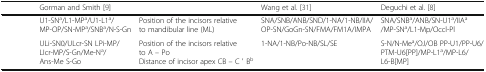
<table><thead><tr><td>[EMPTY_CELL]</td><td><b>Gorman and Smith [9]</b></td><td>[EMPTY_CELL]</td><td><b>Wang et al. [31]</b></td><td><b>Deguchi et al. [8]</b></td></tr></thead><tbody><tr><td>[EMPTY_CELL]</td><td>U1-SN<sup>a</sup>/L1-MP<sup>a</sup>/U1-L1<sup>a</sup>/MP-OP/SN-MP<sup>a</sup>/SNB<sup>a</sup>/N-S-Gn</td><td>Position of the incisors relative to mandibular line (ML)</td><td>SNA/SNB/ANB/SND/1-NA/1-NB/IIA/OP-SN/GoGn-SN/FMA/FM1A/IMPA</td><td>SNA/SNB<sup>a</sup>/ANB/SN-U1<sup>a</sup>/IIA<sup>a</sup>/MP-SN<sup>a</sup>/L1-Mp/Occl-Pl</td></tr><tr><td>[EMPTY_CELL]</td><td>ULi-SN0/ULcr-SN LPi-MP/LIcr-MP/S-Gn/Me-N<sup>a</sup>/Ans-Me S-Go</td><td>Position of the incisors relative to A – PoDistance of incisor apex CB – C ′ B<sup>b</sup></td><td>1-NA/1-NB/Po-NB/SL/SE</td><td>S-N/N-Me<sup>a</sup>/OJ/OB PP-U1/PP-U6/PTM-U6[PP]/MP-L1<sup>a</sup>/MP-L6/L6-B[MP]</td></tr></tbody></table>